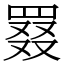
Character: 罬